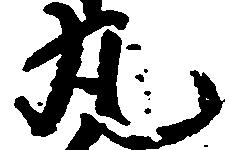
丸